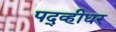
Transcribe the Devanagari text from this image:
पद्व्हीधर